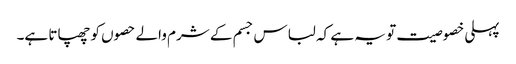
پہلی خصوصیت تو یہ ہے کہ لباس جسم کے شرم والے حصوں کو چھپاتا ہے۔